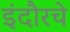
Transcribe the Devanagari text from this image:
इंदौरचे